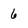
Character: 6